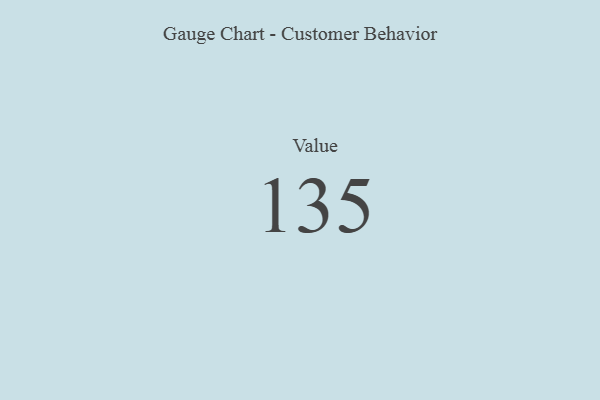
{"axis": {"x": "Metric", "y": "Value"}, "legend": [""], "data": [{"x": "Value", "y": 135, "type": ""}]}